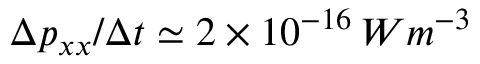
\Delta p _ { x x } / \Delta t \simeq 2 \times 1 0 ^ { - 1 6 } \, W m ^ { - 3 }